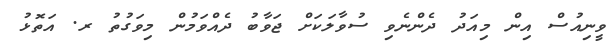
ވީނިއުސް އިން މިއަދު ދެންނެވި ސުވާލަކަށް ޖަވާބު ދެއްވަމުން މިވަގުތު ރ. އަތޮޅު